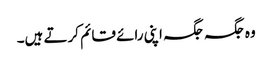
وہ جگہ جگہ اپنی رائے قائم کرتے ہیں۔